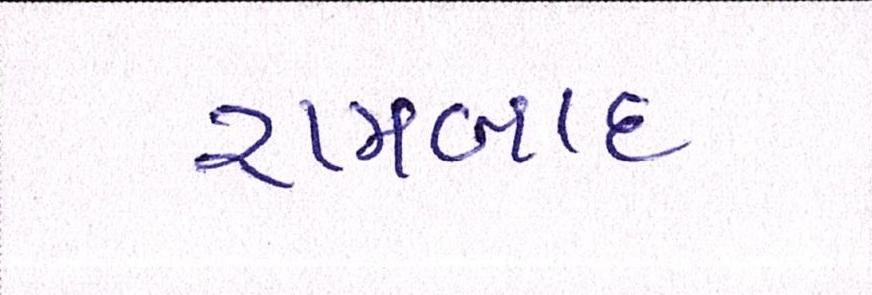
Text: રામબાદ